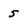
Character: s